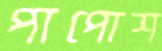
পাপোশ